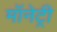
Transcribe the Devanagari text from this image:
मॉनेट्री